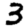
Digit: 3